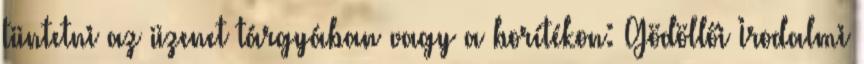
tüntetni az üzenet tárgyában vagy a borítékon: Gödöllői Irodalmi